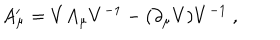
A _ { \mu } ^ { \prime } = V A _ { \mu } V ^ { - 1 } - ( \partial _ { \mu } V ) V ^ { - 1 } \ ,